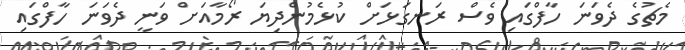
މެޗުގެ ދެވަނަ ހާފްގައި ވެސް ރަނގަޅަށް ކުޅެމުންދިޔަ ރޯމާއަށް ވަނީ ދެވަނަ ހާފްގައި